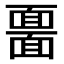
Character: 𩈲